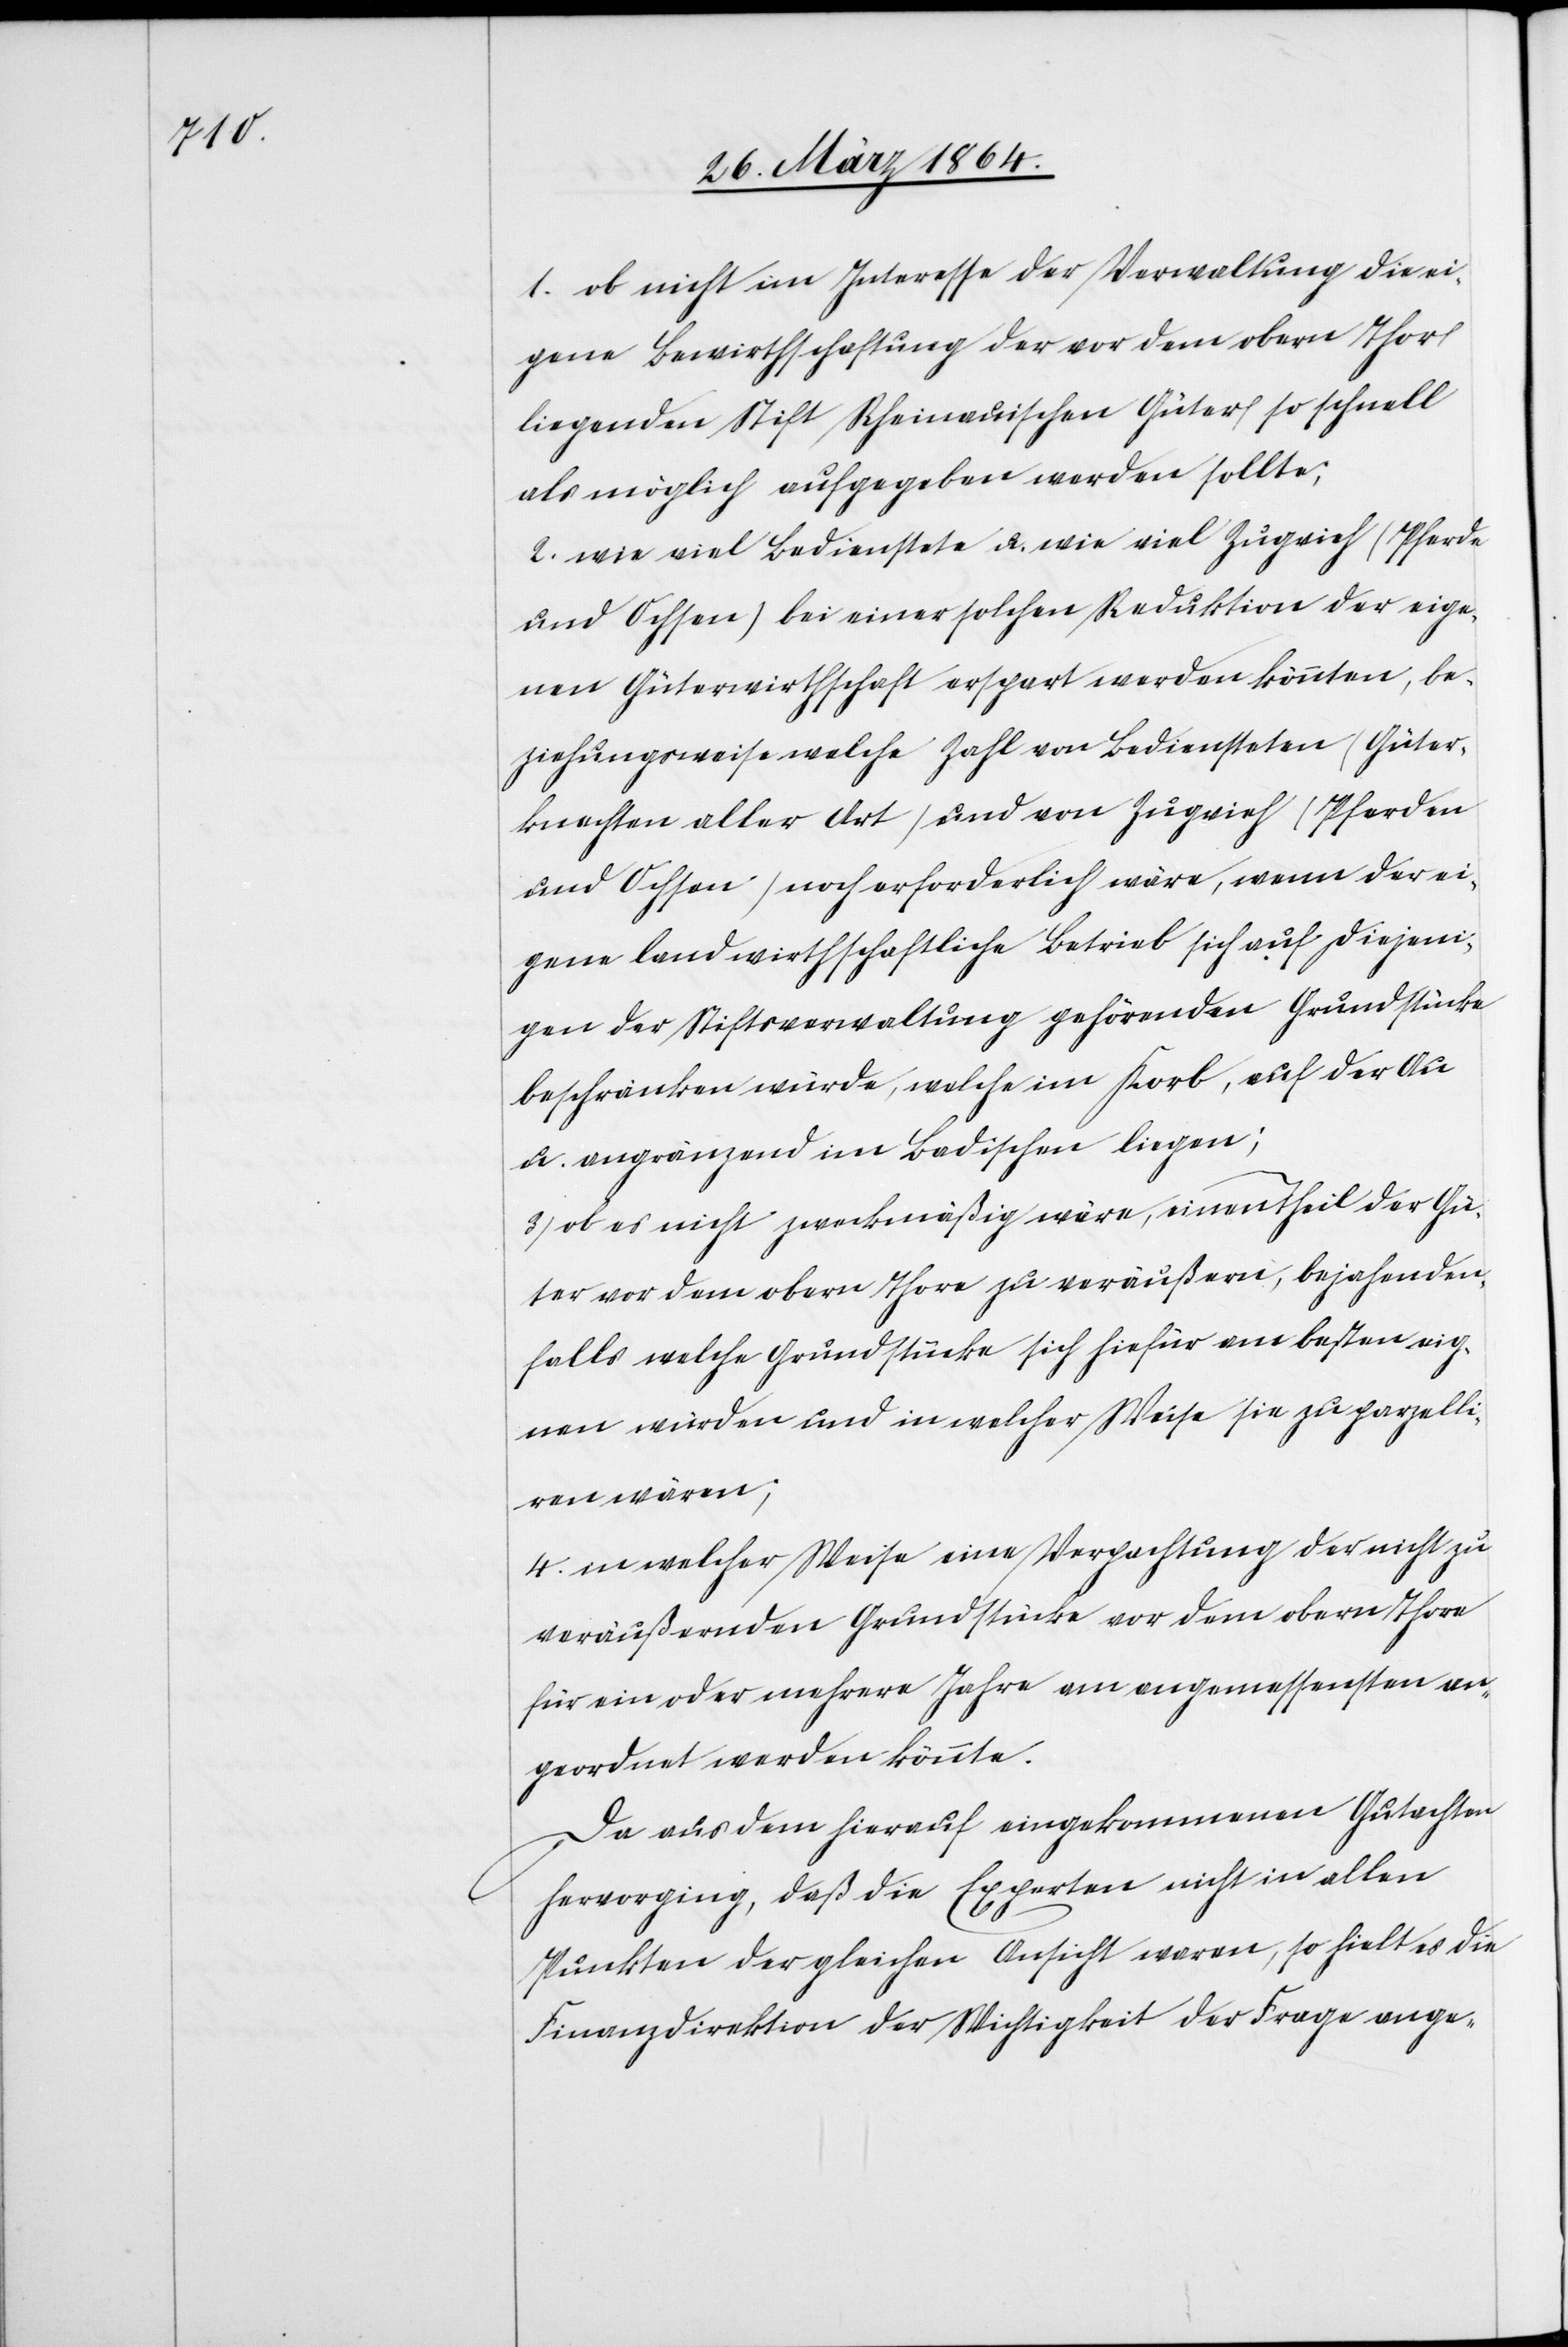
1. ob nicht im Interesse der Verwaltung die ei¬
gene Bewirthschaftung der vor dem obern Thor
liegenden Stift Rheinauischen Güter so schnell
als möglich aufgegeben werden sollte,
2. wie viel Bedienstete u. wie viel Zugvieh (Pferde
und Ochsen) bei einer solchen Reduktion der eige¬
nen Güterwirthschaft erspart werden könnten, be¬
ziehungsweise welche Zahl von Bediensteten (Güter¬
knechten aller Arzt) und von Zugvieh (Pferden
und Ochsen) noch erforderlich wäre, wenn der ei¬
gene landwirthschaftliche Betrieb sich auf diejeni¬
gen der Stiftsverwaltung gehörenden Grundstücke
beschränken würde, welche im Korb, auf der Au
u. angränzend im Badischen liegen;
3. ob es nicht zweckmäßig wäre, einen Theil der Gü¬
ter vor dem obern Thore zu veräußern, bejahenden¬
falls welche Grundstücke sich hiefür am besten eig¬
nen würden und in welcher Weise sie zu parzelli¬
ren wären;
4. in welcher Weise eine Verpachtung der nicht zu
veräußernden Grundstücke vor dem obern Thore
für ein oder mehrere Jahre am angemessensten an¬
geordnet werden könnte.
Da aus dem hierauf eingekommenen Gutachten
hervorging, daß die Experten nicht in allen
Punkten der gleichen Ansicht waren, so hielt es die
Finanzdirektion der Wichtigkeit der Frage ange-